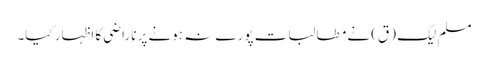
مسلم لیگ (ق) نے مطالبات پورے نہ ہونے پر ناراضی کا اظہار کیا۔